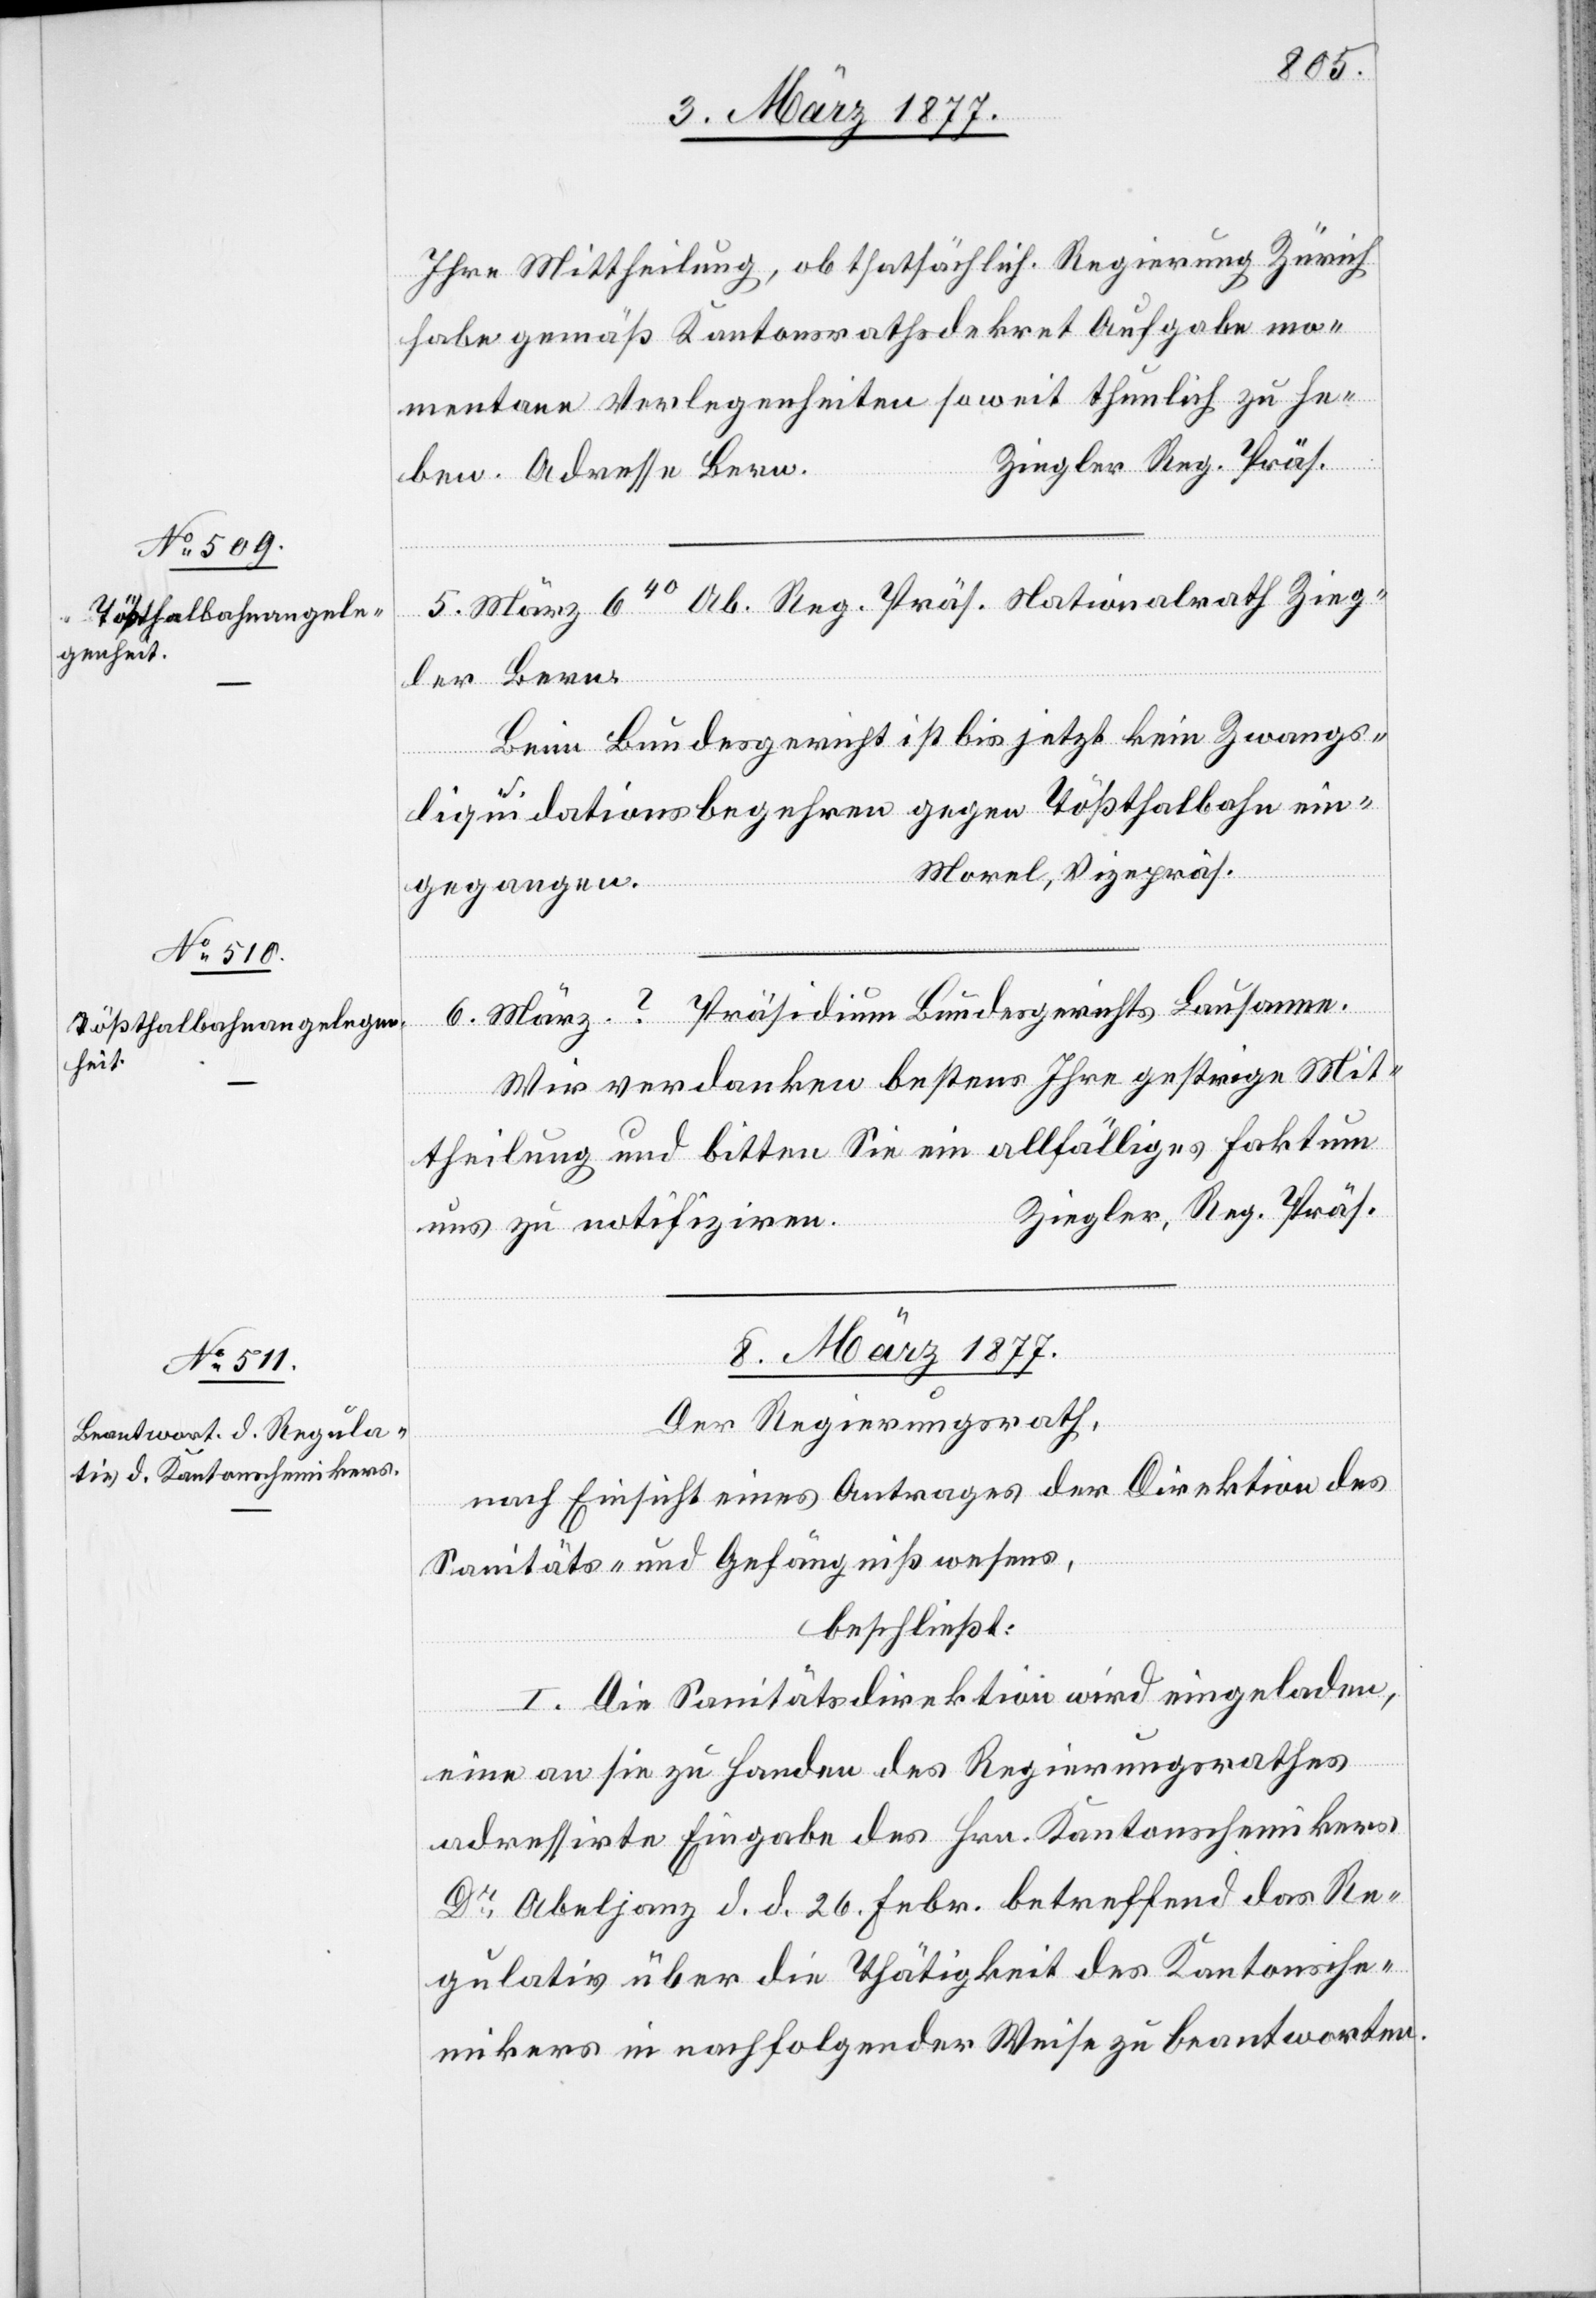
Ihre Mittheilung, ob thatsächlich. Regierung Zürich
habe gemäß Kantonsrathsdekret Aufgabe mo¬
mentane Verlegenheiten soweit thunlich zu he¬
Ziegler Reg. Präs.
ben. Adresse Bern.
5. März 640 Ab. Reg. Präs. Nationalrath Zieg¬
ler Bern.
Beim Bundesgericht ist bis jetzt kein Zwangs¬
liquidationsbegehren gegen Tößthalbahn ein¬
Morel, Vizepräs.
gegangen.
6. März ? Präsidium Bundesgerichts Lausanne.
Wir verdanken bestens Ihre gestrige Mit¬
theilung und bitten Sie ein allfälliges Faktum
Ziegler, Reg. Präs.
uns zu notifiziren.
8. März 1877.
Der Regierungsrath,
nach Einsicht eines Antrages der Direktion des
Sanitäts- und Gefängnißwesens,
beschließt:
I. Die Sanitätsdirektion wird eingeladen,
eine an sie zu Handen des Regierungsrathes
adressirte Eingabe des Hrn. Kantonschemikers
Dr Abeljanz d. d. 26. Febr. betreffend das Re¬
gulativ über die Thätigkeit des Kantonsche¬
mikers in nachfolgender Weise zu beantworten.